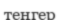
теңгер